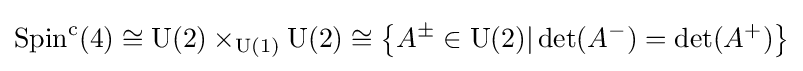
\operatorname {Spin} ^{\mathrm {c} }(4)\cong \operatorname {U} (2)\times _{\operatorname {U} (1)}\operatorname {U} (2)\cong \left\{A^{\pm }\in \operatorname {U} (2)|\det(A^{-})=\det(A^{+})\right\}